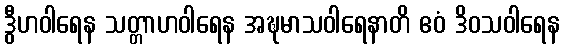
ဒွီဟဝါရေန သတ္တာဟဝါရေန အဍ္ဎမာသဝါရေနာတိ ဧဝံ ဒိဝသဝါရေန